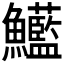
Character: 𩽭